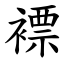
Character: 褾